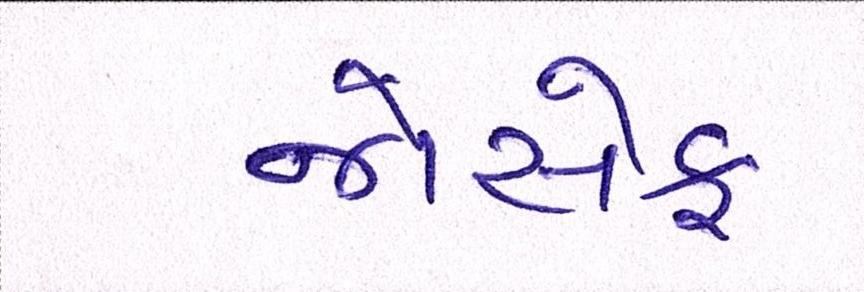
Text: જોસેફ